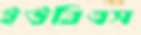
ইউবিএস